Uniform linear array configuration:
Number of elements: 32
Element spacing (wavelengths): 0.25
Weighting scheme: uniform
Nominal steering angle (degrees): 0
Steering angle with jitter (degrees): -0.2921
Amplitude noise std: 0.05
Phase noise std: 0.05

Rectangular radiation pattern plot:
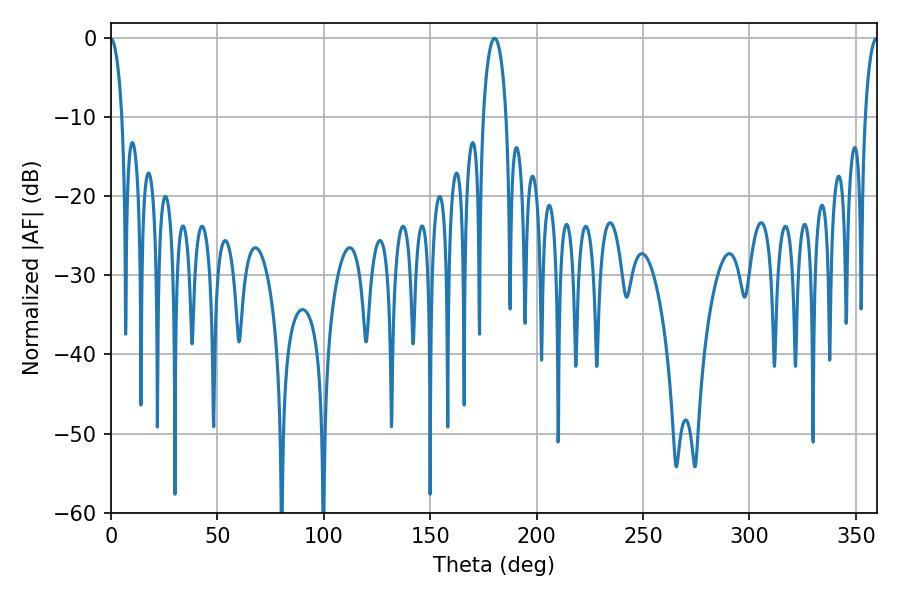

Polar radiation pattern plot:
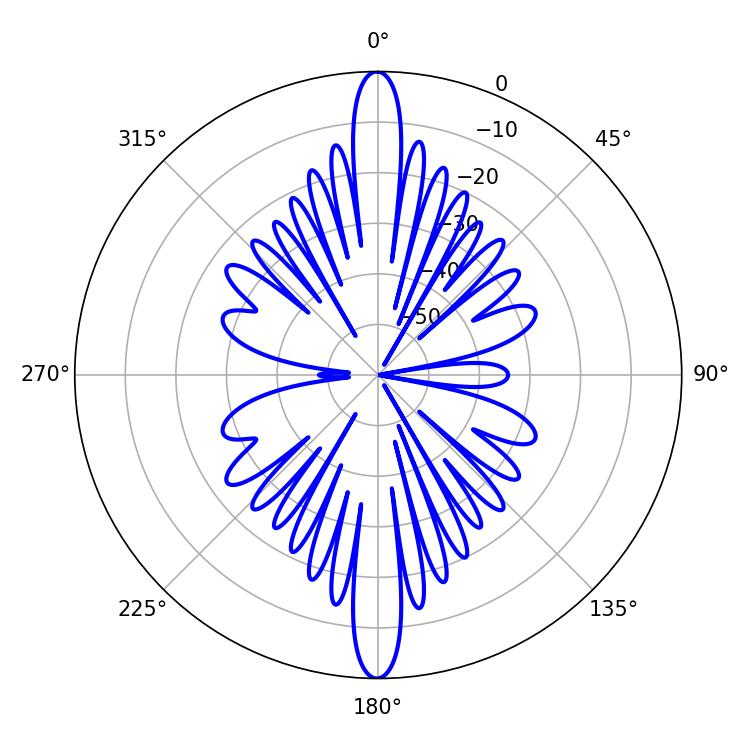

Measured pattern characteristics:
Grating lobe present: FALSE
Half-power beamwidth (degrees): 6.3
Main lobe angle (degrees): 180.18